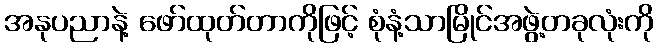
အနုပညာနဲ့ ဖော်ထုတ်တာကိုဖြင့် စုံနံ့သာမြိုင်အဖွဲ့တခုလုံးကို